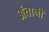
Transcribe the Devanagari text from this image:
अंतानी